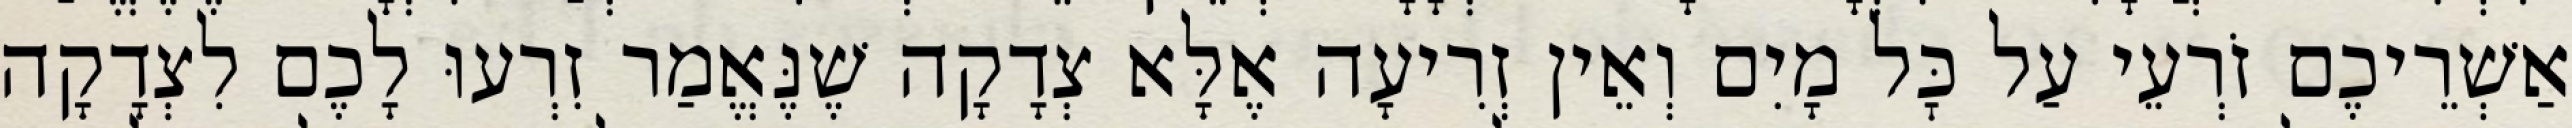
אַשְׁרֵיכֶם זֹרְעֵי עַל כׇּל מָיִם וְאֵין זְרִיעָה אֶלָּא צְדָקָה שֶׁנֶּאֱמַר זִרְעוּ לָכֶם לִצְדָקָה